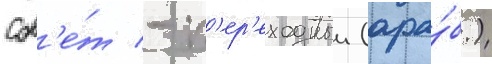
сов'е́т - п'ер'еходныи (ара́б.)